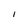
Character: 1